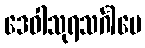
ဒေဝါသုရသင်္ဂါမေ